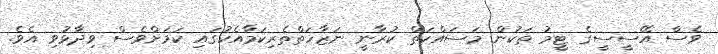
ވެސް އޭސީސީގެ ޓީމު ތަކުން މަސައްކަތް ކުރާނީ ނަޒާހަތްތެރިކަމާއެކުގައި ކަމަށްވެސް ވިދާޅުވި އެވެ.